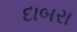
દાબરા